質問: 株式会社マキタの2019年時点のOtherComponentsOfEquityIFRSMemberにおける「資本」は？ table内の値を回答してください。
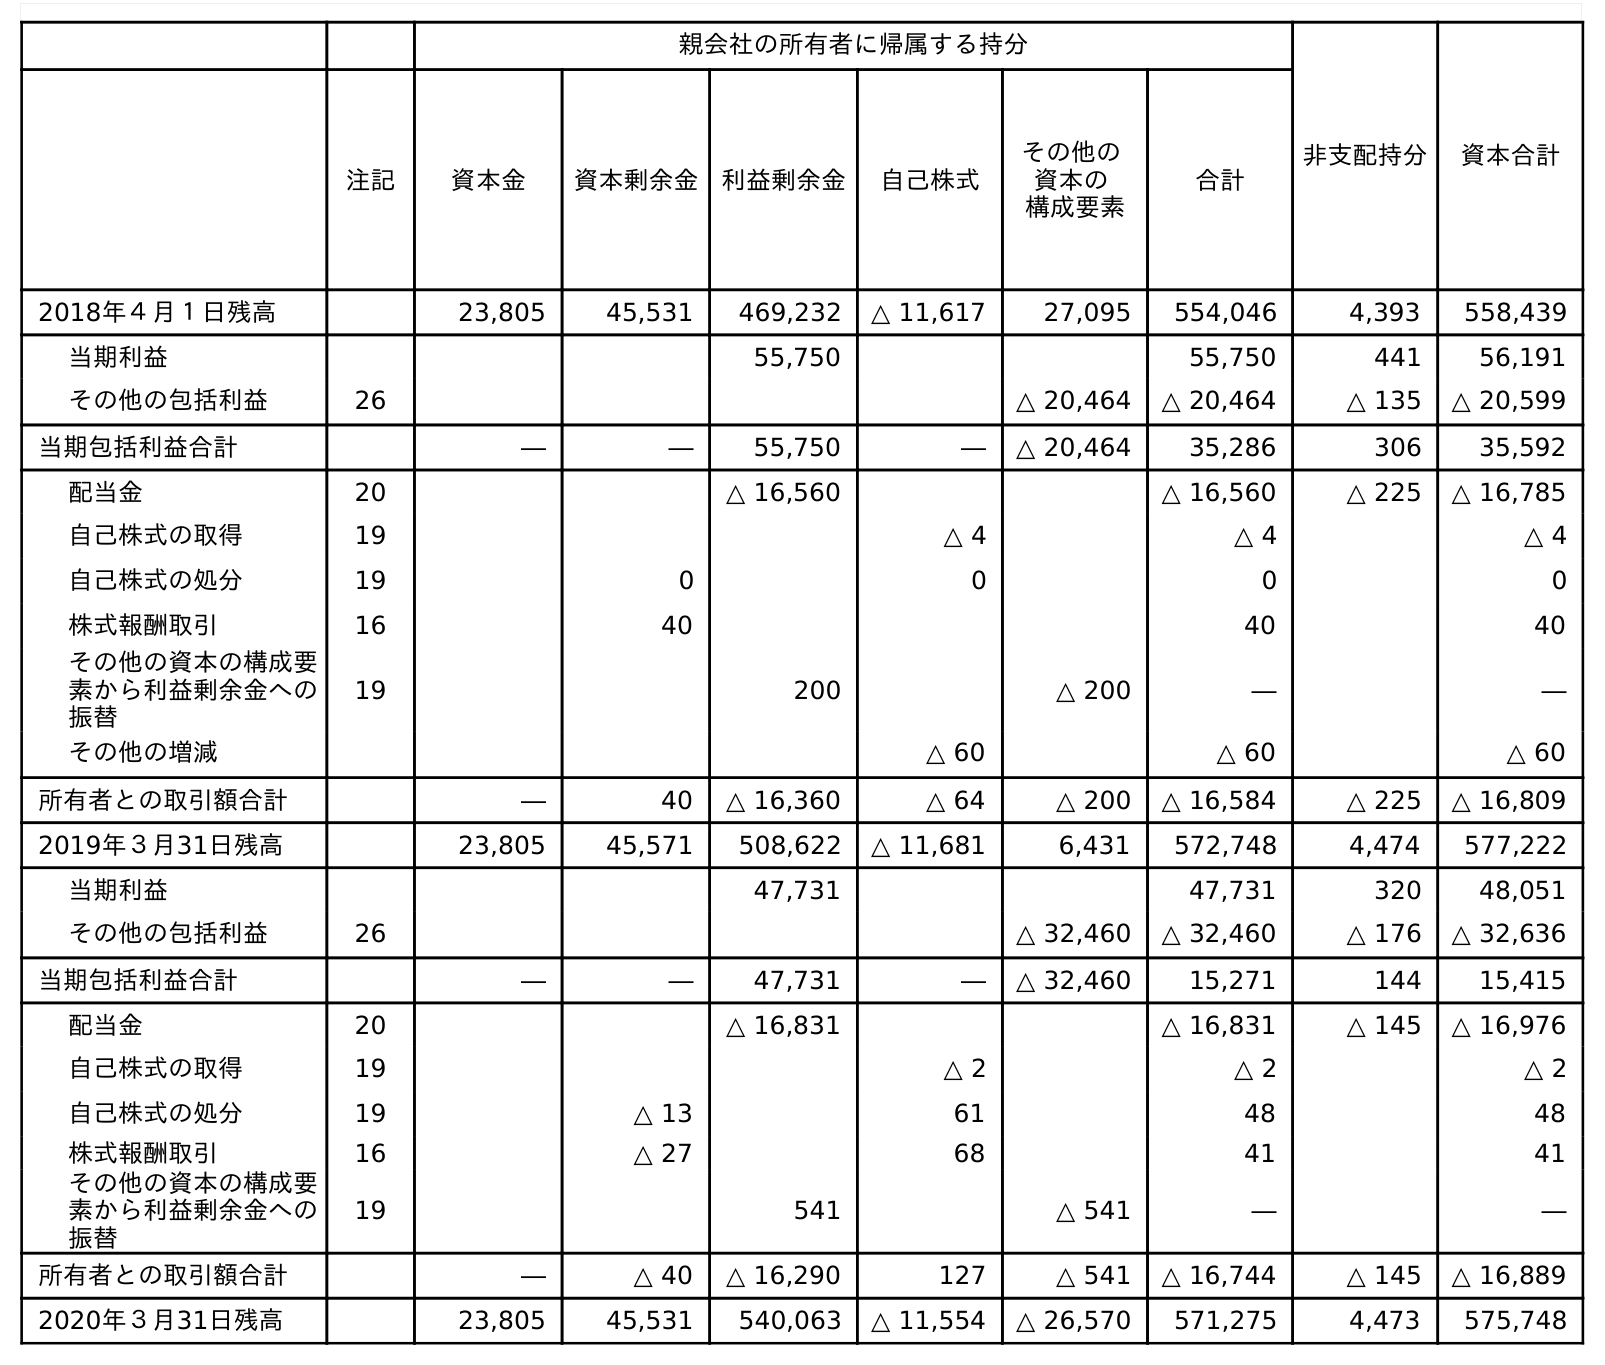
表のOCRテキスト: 親会社の所有者に帰属する持分 非支配持分 資本合計 注記 資本金 資本剰余金 利益剰余金 自己株式 その他の 資本の 構成要素 合計 2018年４月１日残高 23,805 45,531 469,232 △ 11,617 27,095 554,046 4,393 558,439 当期利益 55,750 55,750 441 56,191 その他の包括利益 26 △ 20,464 △ 20,464 △ 135 △ 20,599 当期包括利益合計 ― ― 55,750 ― △ 20,464 35,286 306 35,592 配当金 20 △ 16,560 △ 16,560 △ 225 △ 16,785 自己株式の取得 19 △ 4 △ 4 △ 4 自己株式の処分 19 0 0 0 0 株式報酬取引 16 40 40 40 その他の資本の構成要 素から利益剰余金への 振替 19 200 △ 200 ― ― その他の増減 △ 60 △ 60 △ 60 所有者との取引額合計 ― 40 △ 16,360 △ 64 △ 200 △ 16,584 △ 225 △ 16,809 2019年３月31日残高 23,805 45,571 508,622 △ 11,681 6,431 572,748 4,474 577,222 当期利益 47,731 47,731 320 48,051 その他の包括利益 26 △ 32,460 △ 32,460 △ 176 △ 32,636 当期包括利益合計 ― ― 47,731 ― △ 32,460 15,271 144 15,415 配当金 20 △ 16,831 △ 16,831 △ 145 △ 16,976 自己株式の取得 19 △ 2 △ 2 △ 2 自己株式の処分 19 △ 13 61 48 48 株式報酬取引 16 △ 27 68 41 41 その他の資本の構成要 素から利益剰余金への 振替 19 541 △ 541 ― ― 所有者との取引額合計 ― △ 40 △ 16,290 127 △ 541 △ 16,744 △ 145 △ 16,889 2020年３月31日残高 23,805 45,531 540,063 △ 11,554 △ 26,570 571,275 4,473 575,748
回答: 6,431